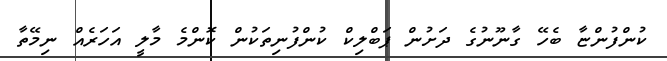
ކުންފުންޏާ ބެހޭ ގާނޫނުގެ ދަށުން ޕަބްލިކް ކުންފުނިތަކުން ކޮންމެ މާލީ އަހަރެއް ނިމޭތާ